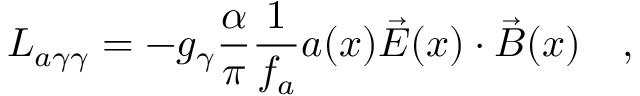
{ \cal L } _ { a \gamma \gamma } = - g _ { \gamma } { \frac { \alpha } { \pi } } { \frac { 1 } { f _ { a } } } a ( x ) \vec { E } ( x ) \cdot \vec { B } ( x ) ~ ~ \ ,